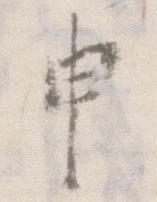
申